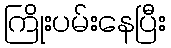
ကြိုးပမ်းနေပြီး